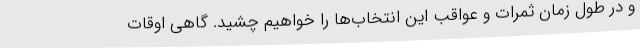
و در طول زمان ثمرات و عواقب این انتخاب‌ها را خواهیم چشید. گاهی اوقات